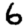
Digit: 6